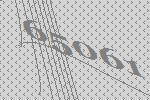
65061